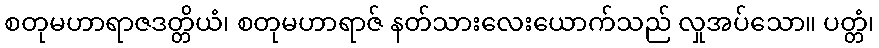
စတုမဟာရာဇဒတ္တိယံ၊ စတုမဟာရာဇ် နတ်သားလေးယောက်သည် လှုအပ်သော။ ပတ္တံ၊